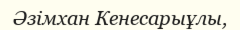
Әзімхан Кенесарыұлы,